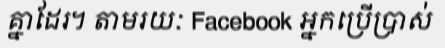
គ្នាដែរ។ តាមរយៈ Facebook អ្នកប្រើប្រាស់